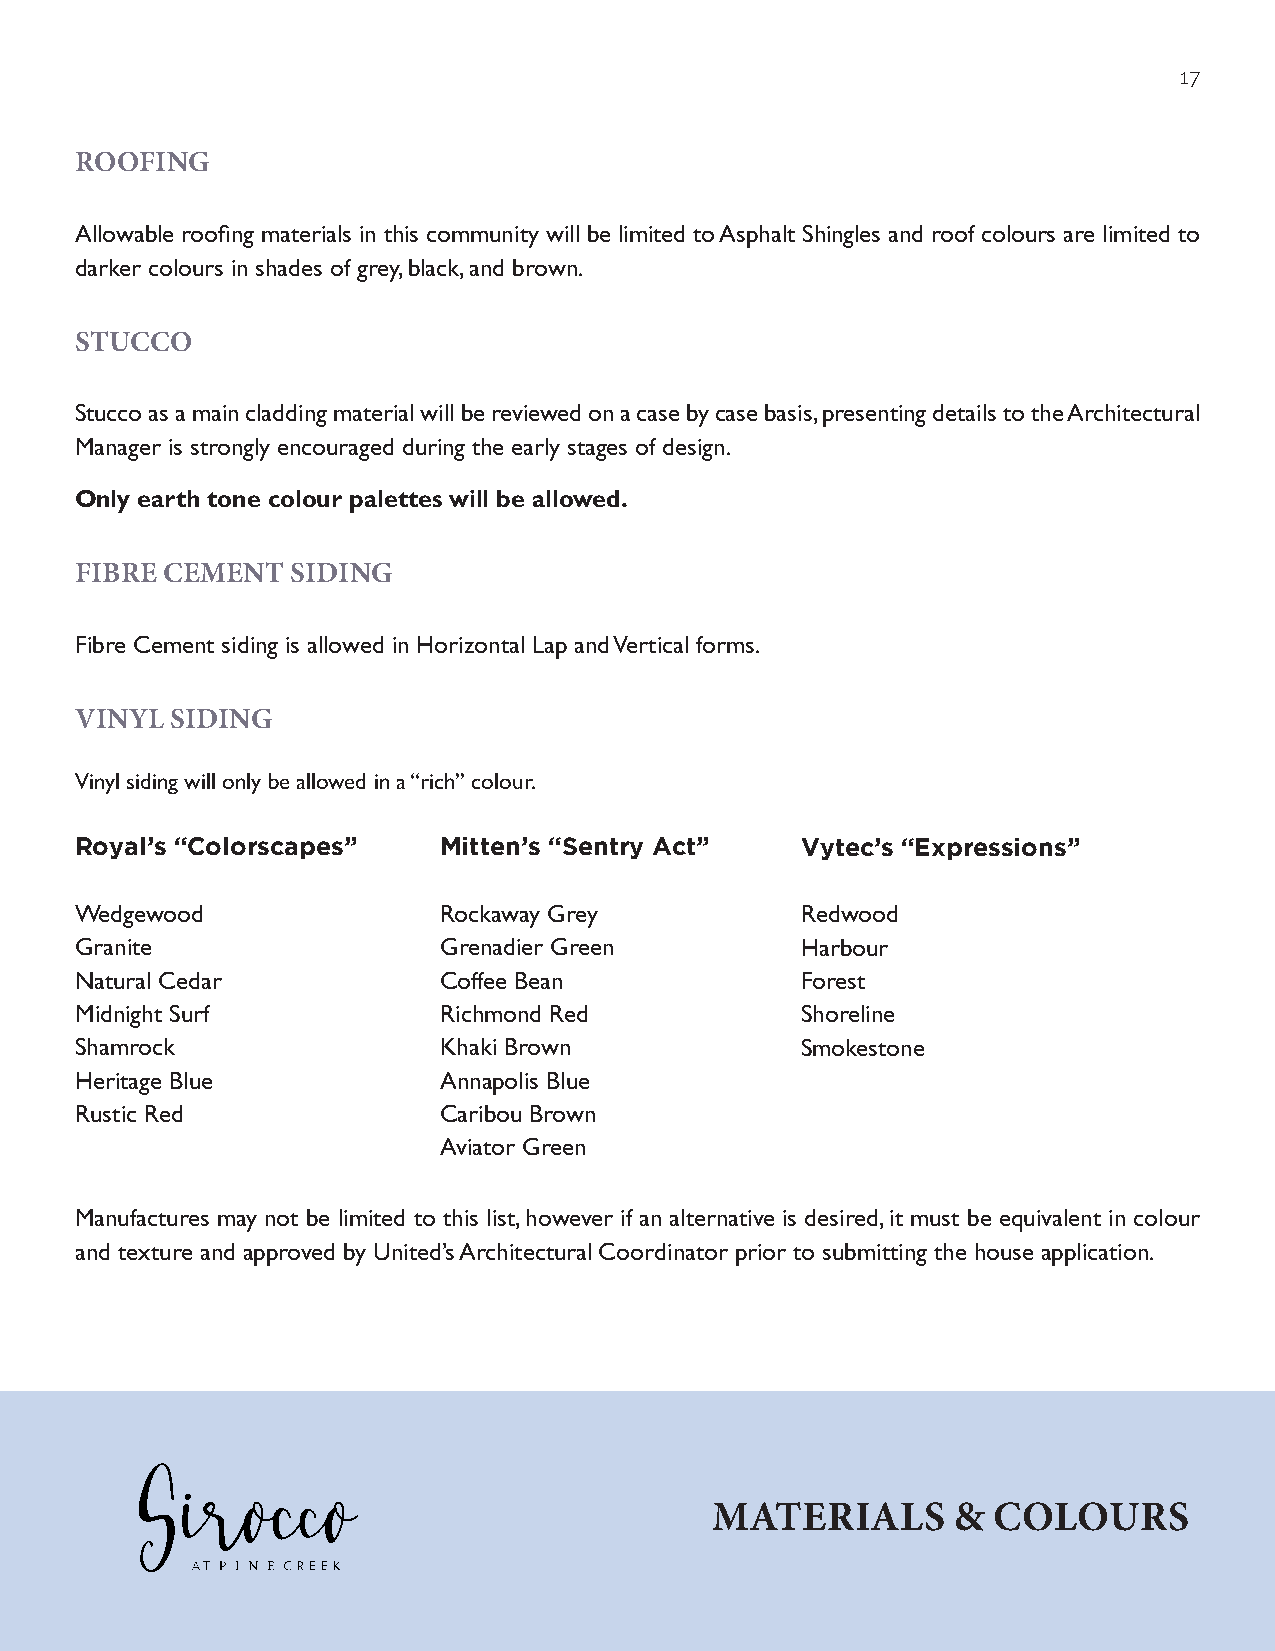
17
 ROOFING
 Allowable roofing materials in this community will be limited to Asphalt Shingles and roof colours are limited to
 darker colours in shades of grey, black, and brown.
 STUCCO
 Stucco as a main cladding material will be reviewed on a case by case basis, presenting details to the Architectural
 Manager is strongly encouraged during the early stages of design.
 Only earth tone colour palettes will be allowed.
 FIBRE CEMENT  SIDING
 Fibre Cement siding is allowed in Horizontal Lap and Vertical forms.
 VINYL SIDING
 Vinyl siding will only be allowed in a “rich” colour.
 Royal’s “Colorscapes”   Mitten’s “Sentry Act”   Vytec’s “Expressions”
 Wedgewood               Rockaway Grey           Redwood
 Granite                 Grenadier Green         Harbour
 Natural Cedar           Coffee Bean             Forest
 Midnight Surf           Richmond Red            Shoreline
 Shamrock                Khaki Brown             Smokestone
 Heritage Blue           Annapolis Blue
 Rustic Red              Caribou Brown
 Aviator Green
 Manufactures may not be limited to this list, however if an alternative is desired, it must be equivalent in colour
 and texture and approved by United’s Architectural Coordinator prior to submitting the house application.
 MATERIALS       &  COLOURS